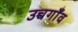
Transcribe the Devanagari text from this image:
उच्चगाँव